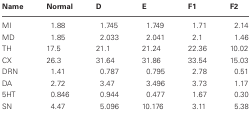
<table><thead><tr><td><b>Name</b></td><td><b>Normal</b></td><td><b>D</b></td><td><b>E</b></td><td><b>F1</b></td><td><b>F2</b></td></tr></thead><tbody><tr><td>MI</td><td>1.88</td><td>1.745</td><td>1.749</td><td>1.71</td><td>2.14</td></tr><tr><td>MD</td><td>1.85</td><td>2.033</td><td>2.041</td><td>2.1</td><td>1.46</td></tr><tr><td>TH</td><td>17.5</td><td>21.1</td><td>21.24</td><td>22.36</td><td>10.02</td></tr><tr><td>CX</td><td>26.3</td><td>31.64</td><td>31.86</td><td>33.54</td><td>15.03</td></tr><tr><td>DRN</td><td>1.41</td><td>0.787</td><td>0.795</td><td>2.78</td><td>0.51</td></tr><tr><td>DA</td><td>2.72</td><td>3.47</td><td>3.496</td><td>3.73</td><td>1.17</td></tr><tr><td>5HT</td><td>0.846</td><td>0.944</td><td>0.477</td><td>1.67</td><td>0.30</td></tr><tr><td>SN</td><td>4.47</td><td>5.096</td><td>10.176</td><td>3.11</td><td>5.38</td></tr></tbody></table>